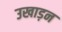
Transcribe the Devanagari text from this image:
उखाड़न